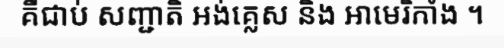
គឺជាប់ សញ្ជាតិ អង់គ្លេស និង អាមេរិកាំង ។